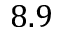
8 . 9